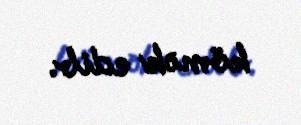
kömək edib.